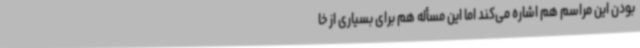
بودن این مراسم هم اشاره می‌کند اما این مسأله هم برای بسیاری از خا